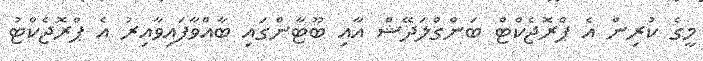
މީގެ ކުރިން އެ ޕްރޮޖެކްޓް ބަންގްލަދޭޝް އާއި ބޫޓާންގައި ބާއްވާފައިވާއިރު އެ ޕްރޮޖެކްޓު